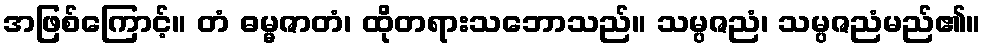
အဖြစ်ကြောင့်။ တံ ဓမ္မဇာတံ၊ ထိုတရားသဘောသည်။ သမ္ပဇညံ၊ သမ္ပဇညံမည်၏။